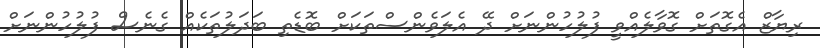
ރިޔާޒް އެގޮތަށް ގޮވާލެއްވީ ފުލުހުންނަށް ދޭ އެލަވެންސްތަކަށް ބޮޑެތި ބަދަލުތަކެއް ގެނެސް ފުލުހުންނަށް